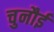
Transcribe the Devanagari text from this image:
चुनौई